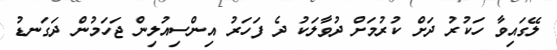
ލޭގައިވާ ހަކުރު ދަށް ކުރުމަށް ދުވާލަކު ދެ ފަހަރު އިންސިއުލިން ޖަހަމުން ދަގަނޑު